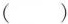
( )